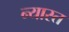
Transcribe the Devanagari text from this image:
न्यास्त